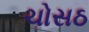
ચોસઠ